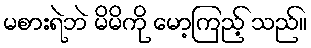
မစားရဲဘဲ မိမိကို မော့ကြည့် သည်။